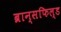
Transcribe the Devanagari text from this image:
ब्रान्सफिल्ड